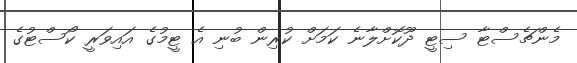
މެންޗެސްޓާ ސިޓީ ދޫކޮށްލާނެ ކަމަށް ކުރިން ބުނި އެ ޓީމުގެ އައިވަރީ ކޯސްޓުގެ